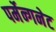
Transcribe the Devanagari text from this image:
पर्मेन्गनेट